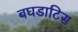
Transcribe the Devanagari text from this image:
बघडाटिस